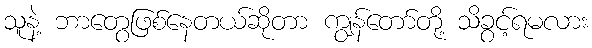
သူနဲ့ ဘာတွေဖြစ်နေတယ်ဆိုတာ ကျွန်တော်တို့ သိခွင့်ရမလား